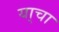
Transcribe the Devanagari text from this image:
या्चा